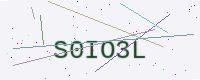
Text: S0IO3L